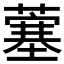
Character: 𫉲